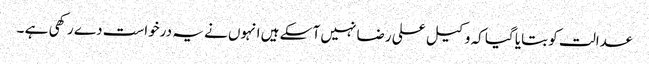
عدالت کو بتایا گیا کہ وکیل علی رضا نہیں آ سکے ہیں انہوں نے یہ درخواست دے رکھی ہے ۔